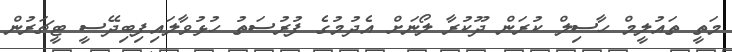
މަތީ ތައުލީމް ހާސިލް ކުރަން ދޫކުރާ ލޯނަށް އެދުމުގެ ފުރުސަތު ހުޅުވާލައިފިބިދޭސީ ޓީޗަރުން